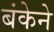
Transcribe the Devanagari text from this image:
बंकेने